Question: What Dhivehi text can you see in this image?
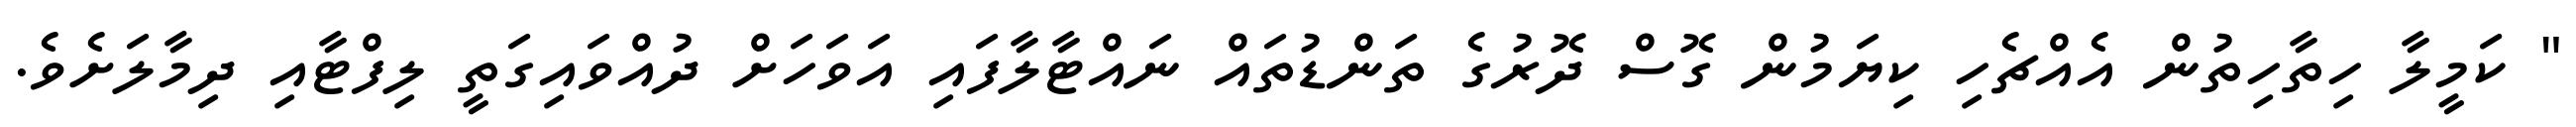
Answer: " ކަމީލާ ހިތާހިތުން އެއްޗެހި ކިޔަމުން ގޮސް ދޮރުގެ ތަންޑުތައް ނައްޓާލާފައި އަވަހަށް ދުއްވައިގަތީ ލިފްޓާއި ދިމާލަށެވެ.